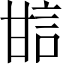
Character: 𤯆